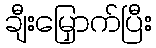
ချီးမြှောက်ပြီး